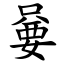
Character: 嘦